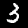
Label: 3